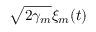
\sqrt { 2 \gamma _ { m } } \xi _ { m } ( t )